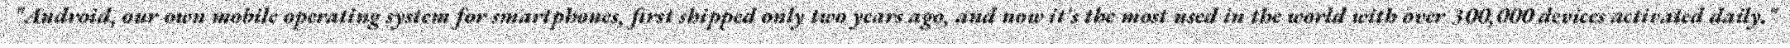
"Android, our own mobile operating system for smartphones, first shipped only two years ago, and now it's the most used in the world with over 300,000 devices activated daily."